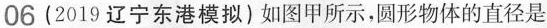
06(2019辽宁东港模拟)如图甲所示，圆形物体的直径是